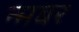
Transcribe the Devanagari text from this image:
न्मबर